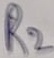
Text: R2